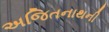
અજિતનાથની